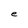
Character: e